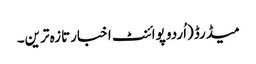
میڈرڈ(اُردو پوائنٹ اخبارتازہ ترین۔